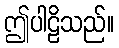
ဤပါဠိသည်။